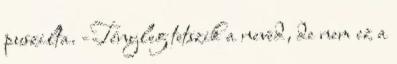
puszilta. -Tényleg tetszik a neved, de nem ez a